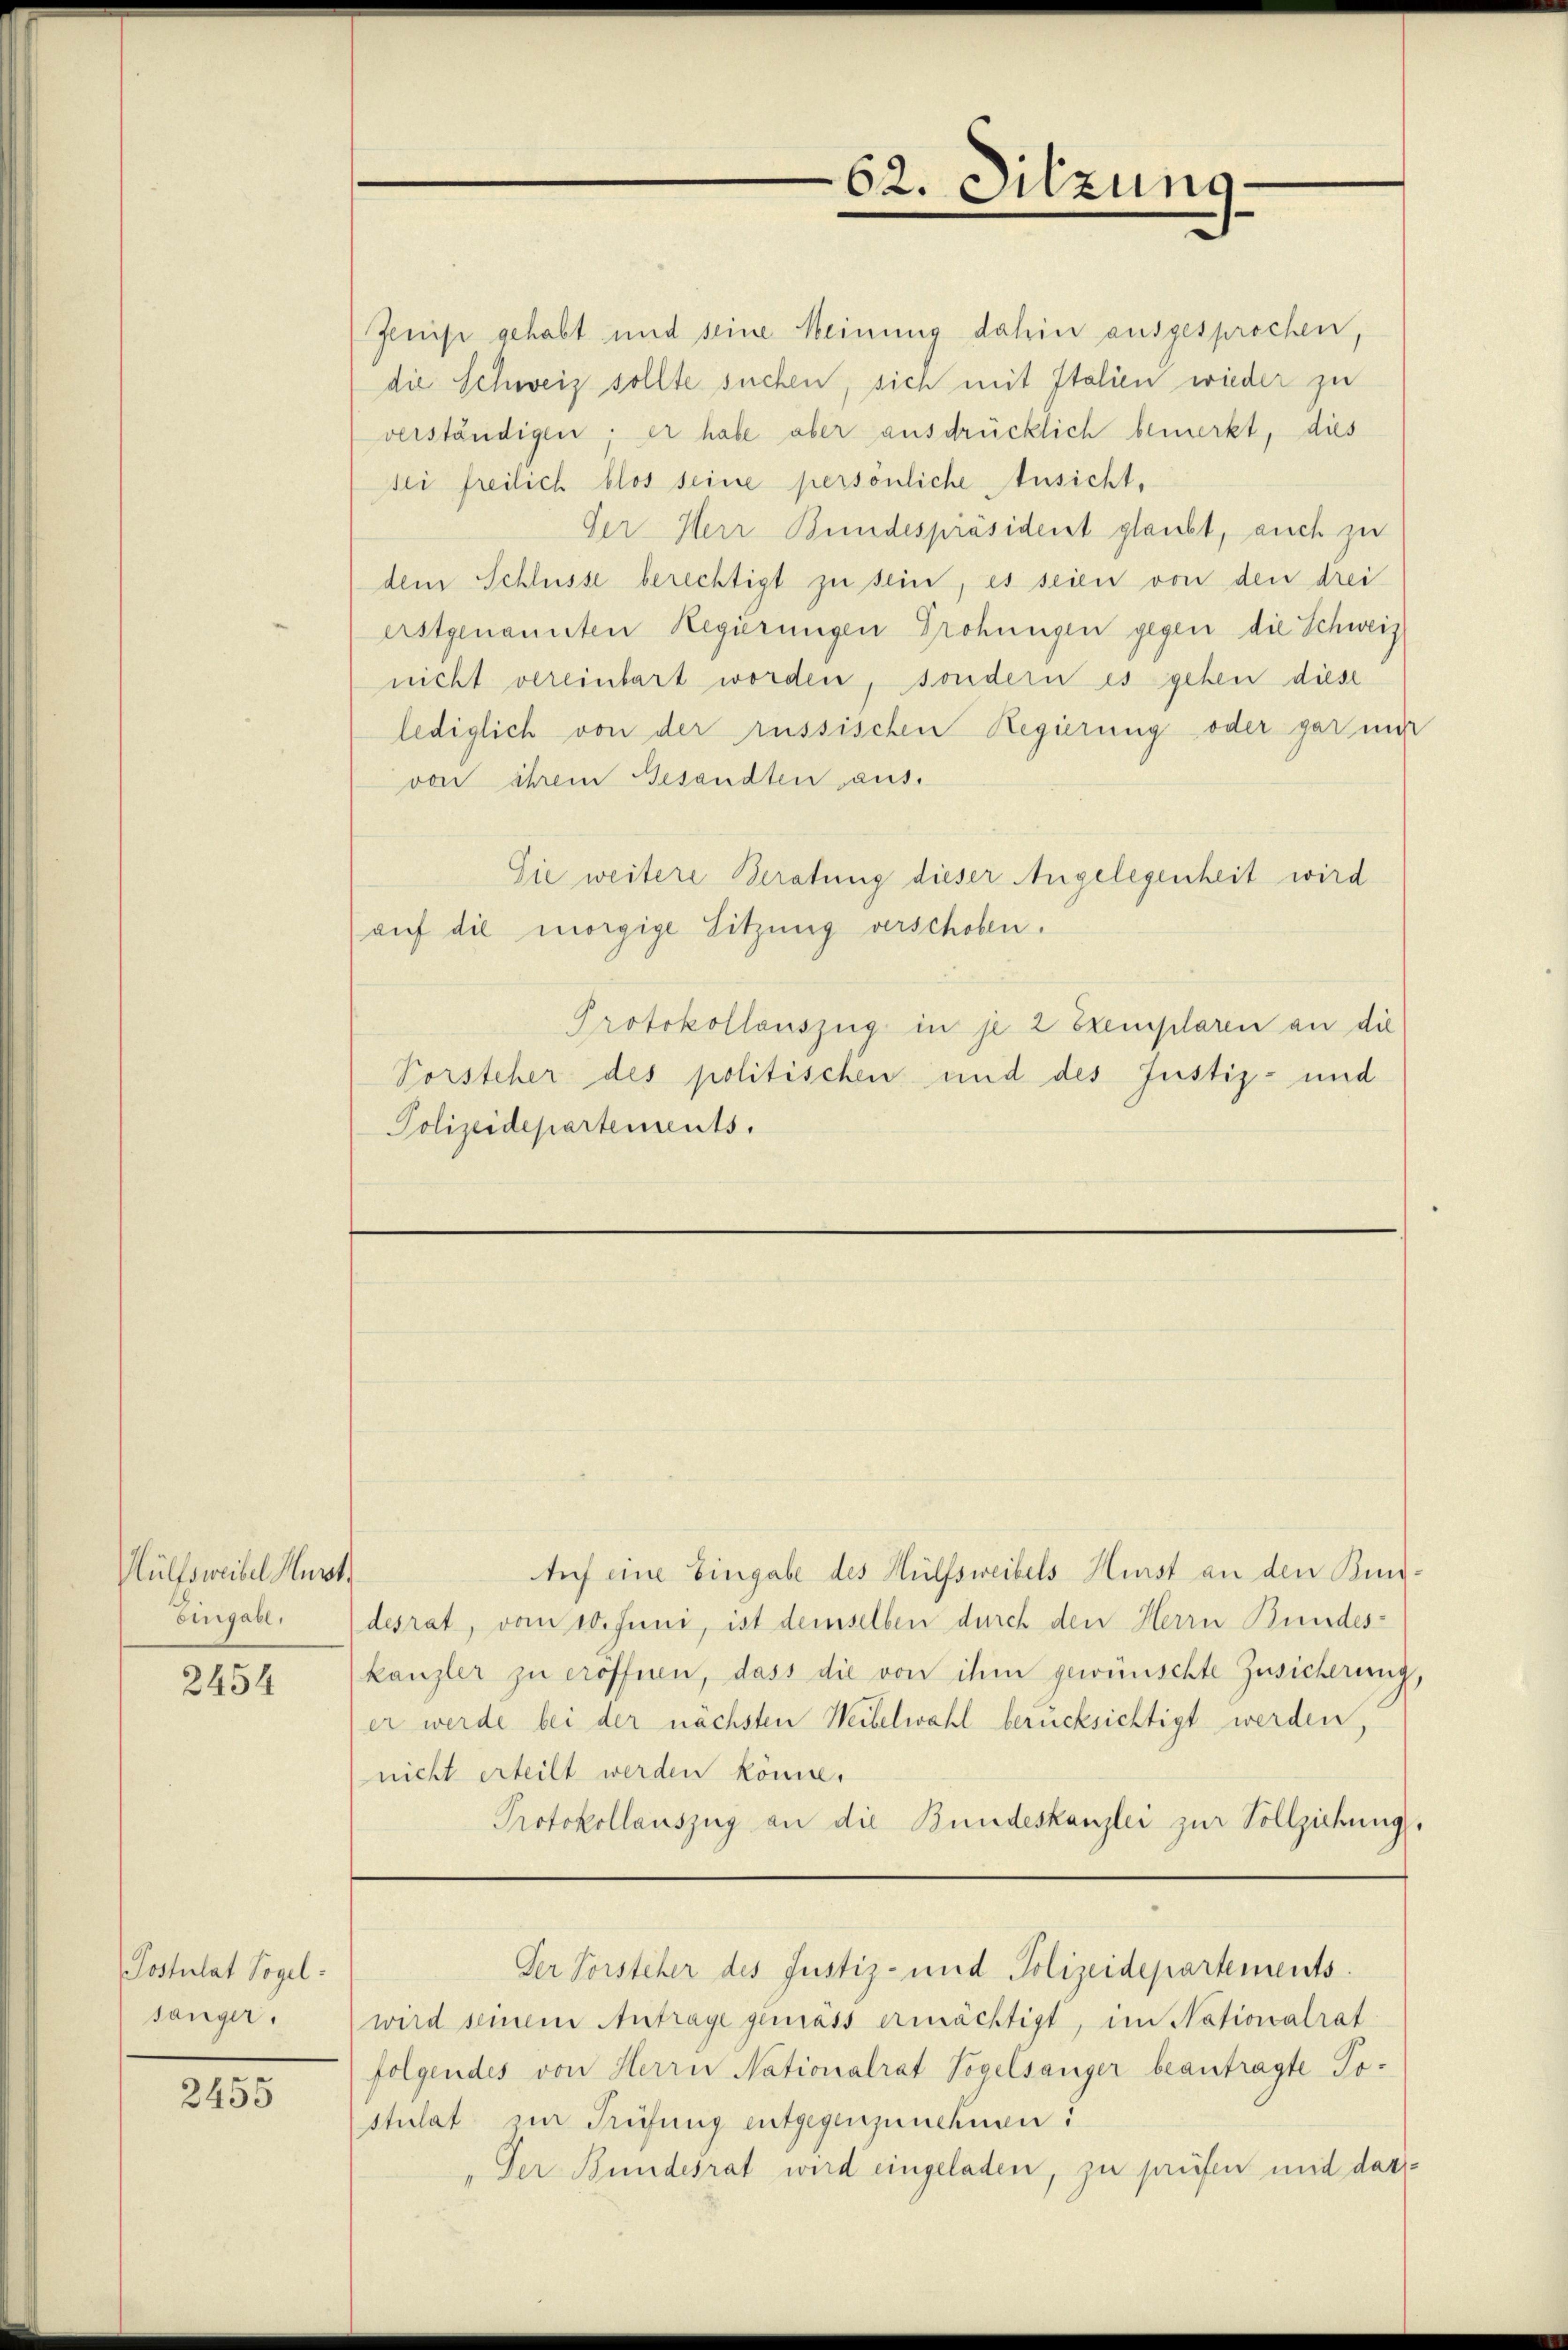
Hülfsweibel Hurt

2454

Postulat Vogel.
sänger.

2455

Jenis gehabt und seine Meinung dahin ausgesprochen,
die Schweiz sollte suchen, sich mit Italien wieder zu
verständigen; er habe aber ausdrücklich bemerkt, dies
sei freilich blos seine persönliche Ansicht,
Der Herr Bundespräsidenst glaubt, auch zu
dem Schlüsse berechtigt zu sein, es seien von den drei
erstgenannten Regierungen Drohungen gegen die Schweiz
nicht vereinbart worden, sondern es gehen diese
lediglich von der russischen Regierung oder gar mir
von ihrem Gesandten aus.
Sie weitere Beratung dieser Angelegenheit wird
(auf die morgige Sitzung verschoben.
Protokollauszug in je 2 Exemplaren an die
Porsteher des politischen und des Justiz- und
Polizeidepartements.

tif eine Eingabe des Hülfsweibels Hürst an den Bun¬
Eingabe. (desrat, vom 10. Juni, ist demselben durch den Herrn Bundes-
kanzler zu eröffnen, dass die von ihm gewünschte Zusicherung,
(er werde bei der nächsten Weibelwahl berücksichtigt werden,
nicht erteilt werden könne.
Protokollauszug an die Bundeskanzlei zur Vollziehung.

62. Sitzung.

Der Vorsteher des Justiz- und Polizeidepartements.

wird seinem Antrage gemass ermächtigt, im Nationalrat
folgendes von Herrn Nationalrat Vogelsanger beantragte Tostulat zur Prüfung entgegenzunchnen:
„Der Bundesrat wird eingeladen, zu prüfen und dar¬